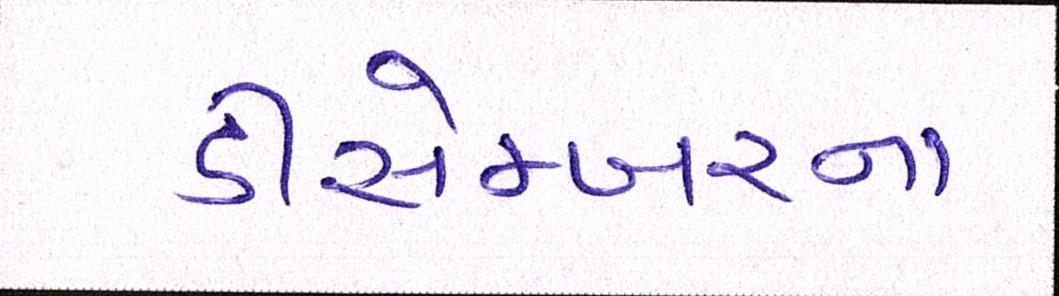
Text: ડીસેમ્બરના